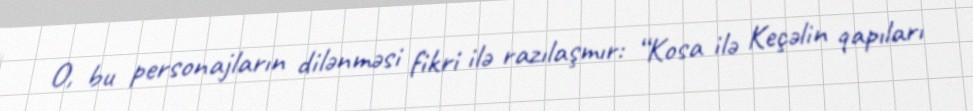
O, bu personajların dilənməsi fikri ilə razılaşmır: “Kosa ilə Keçəlin qapıları